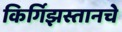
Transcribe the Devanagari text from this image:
किर्गिझस्तानचे